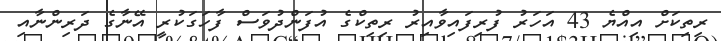
ރިތިކަށް އިއްޔެ 43 އަހަރު ފުރިފައިވާއިރު ރިތިކްގެ އުފަންދުވަސް ފާހަގަކުރީ އޭނާގެ ދަރިންނާއި